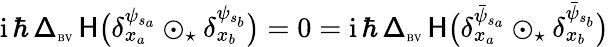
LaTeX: \begin{array}{r}{{\mathrm{i}}\, \hbar\, {\mathsf\Delta}_{\textrm{\tiny BV}}\, \mathsf{H}\big(\delta_{x_{a}}^{\psi_{s_{a}}}\odot_{\star}\delta_{x_{b}}^{\psi_{s_{b}}}\big)=0={\mathrm{i}}\, \hbar\, {\mathsf\Delta}_{\textrm{\tiny BV}}\, \mathsf{H}\big(\delta_{x_{a}}^{\bar{\psi}_{s_{a}}}\odot_{\star}\delta_{x_{b}}^{\bar{\psi}_{s_{b}}}\big)}\end{array}